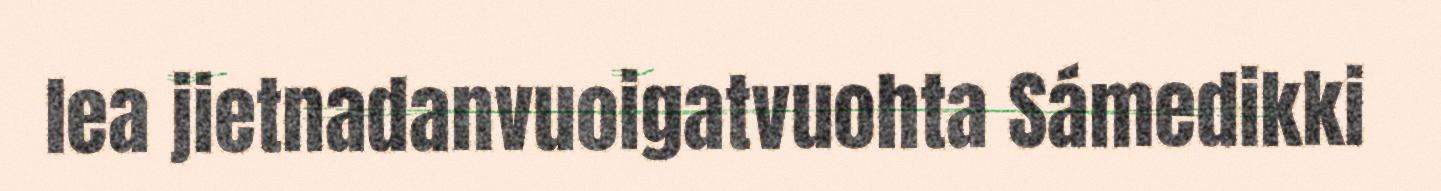
lea jietnadanvuoigatvuohta Sámedikki